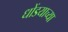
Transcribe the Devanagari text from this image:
धोंडयाच्या